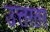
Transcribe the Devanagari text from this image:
उत्तरतर